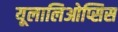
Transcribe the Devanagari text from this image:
यूलालिओप्सिस